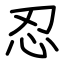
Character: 忍